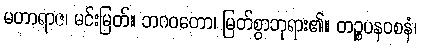
မဟာရာဇ၊ မင်းမြတ်။ ဘဂဝတော၊ မြတ်စွာဘုရား၏။ တဉ္စပနဝစနံ၊